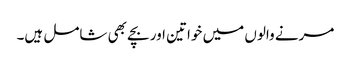
مرنے والوں میں خواتین اور بچے بھی شامل ہیں۔